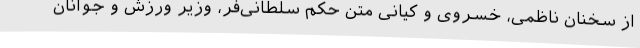
از سخنان ناظمی، خسروی و کیانی متن حکم سلطانی‌فر، وزیر ورزش و جوانان